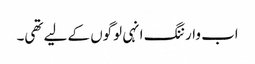
اب وارننگ انہی لوگوں کے لیے تھی۔